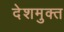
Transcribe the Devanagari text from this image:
देशमुक्त